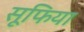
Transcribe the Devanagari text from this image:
सूफिया